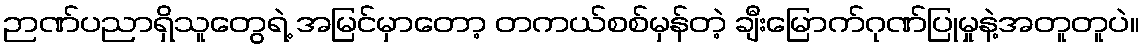
ဉာဏ်ပညာရှိသူတွေရဲ့ အမြင်မှာတော့ တကယ်စစ်မှန်တဲ့ ချီးမြောက်ဂုဏ်ပြုမှုနဲ့အတူတူပဲ။